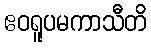
ဧဝရူပမကာသီတိ